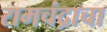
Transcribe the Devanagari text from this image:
रामचंद्राचा